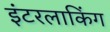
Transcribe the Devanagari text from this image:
इंटरलाकिंग